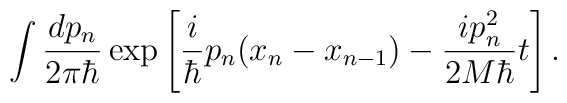
\int \frac{dp_n}{2\pi\hbar} \exp \left[\frac{i}{\hbar} p_n (x_n-x_{n-1}) - \frac{ip_n^2}{2M\hbar}t\right].\nonumber